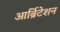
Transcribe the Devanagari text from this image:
आर्ब्रिटेशन